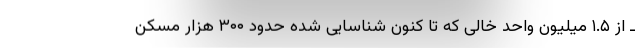
ـ از ۱.۵ میلیون واحد خالی که تا کنون شناسایی شده حدود ۳۰۰ هزار مسکن